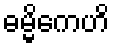
ဓမ္မိကေဟိ